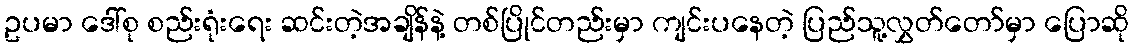
ဥပမာ ဒေါ်စု စည်းရုံးရေး ဆင်းတဲ့အချိန်နဲ့ တစ်ပြိုင်တည်းမှာ ကျင်းပနေတဲ့ ပြည်သူ့လွှတ်တော်မှာ ပြောဆို